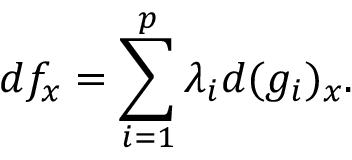
d f _ { x } = \sum _ { i = 1 } ^ { p } \lambda _ { i } d ( g _ { i } ) _ { x } .